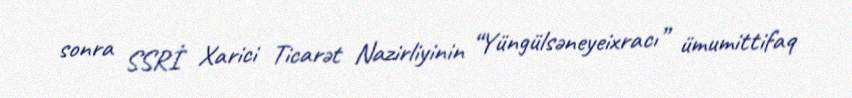
sonra SSRİ Xarici Ticarət Nazirliyinin “Yüngülsəneyeixracı” ümumittifaq